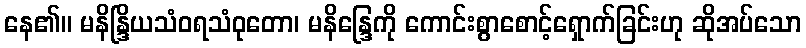
နေ၏။ မနိန္ဒြိယသံဝရသံဝုတော၊ မနိန္ဒြေကို ကောင်းစွာစောင့်ရှောက်ခြင်းဟု ဆိုအပ်သော